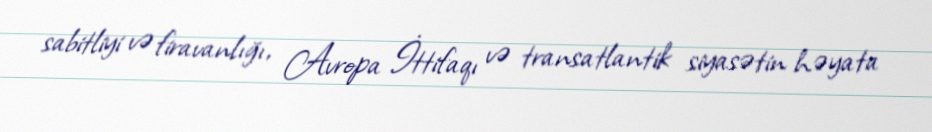
sabitliyi və firavanlığı, Avropa İttifaqı və transatlantik siyasətin həyata